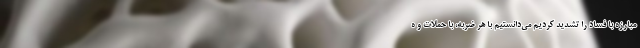
مبارزه با فساد را تشدید کردیم می‌دانستیم با هر ضربه، با حملات و ه